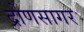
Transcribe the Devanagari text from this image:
द्रोणसागर